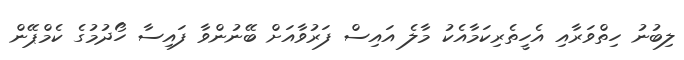
ލިބުނު ހިތްވަރާއި އެހީތެރިކަމާއެކު މާލެ އައިސް ފަރުވާއަށް ބޭނުންވާ ފައިސާ ހޯދުމުގެ ކެމްޕޭން